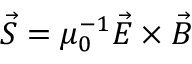
{ \vec { S } } = \mu _ { 0 } ^ { - 1 } { \vec { E } } \times { \vec { B } }